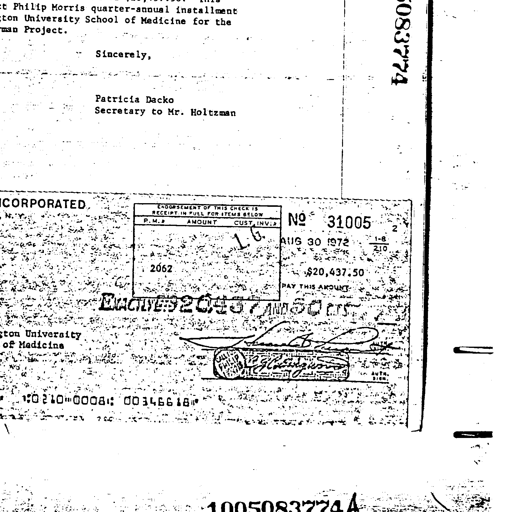
Philip Morris quarter-annual installment
University School of Medicine for the
Project.

Sincerely,

Patricia Dacko
Secretary to Mr. Holtzman

5083774

INCORPORATED

ENDORSEMENT OF THIS CHECK IS
RECEIPT IN FULL FOR ITEMS BELOW
P.M. # AMOUNT CUST. INV. #
NO 31005
L.G.
AUG 30 1972
1-8
210
2062
$20,437.50
PAY THIS AMOUNT
EXACTLY $20437 AND 50 CTS

University
of Medicine

Thomas B.
R.G. Hardgrove

AUTH.
SIGN.

⑆0210⑉0008⑆ 00346618⑈

1005083774A